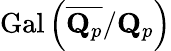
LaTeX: {\mathrm{Gal}}\left({\overline{{\mathbf{Q}_{p}}}}/\mathbf{Q}_{p}\right)